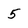
Character: 5